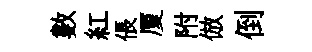
數紅倀厦附倣倒